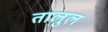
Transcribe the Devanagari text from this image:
तालुल